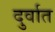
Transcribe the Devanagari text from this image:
दुर्वात